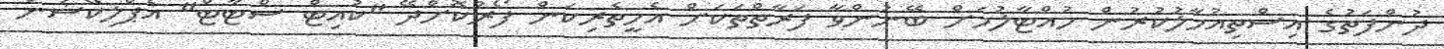
ދުންފަތުގެ އިސްތިއުމާލުކުރުން ހުއްޓާލުމަށް ބޭނުންވާ ފަރާތްތަކަށް އެހީތެރިކަން ފޯރުކޮށްދޭ "ކުއިޓް ސްޓާޓް" އެޕްލިކޭޝަން